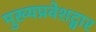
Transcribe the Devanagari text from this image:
मुख्यप्रवेशद्वार